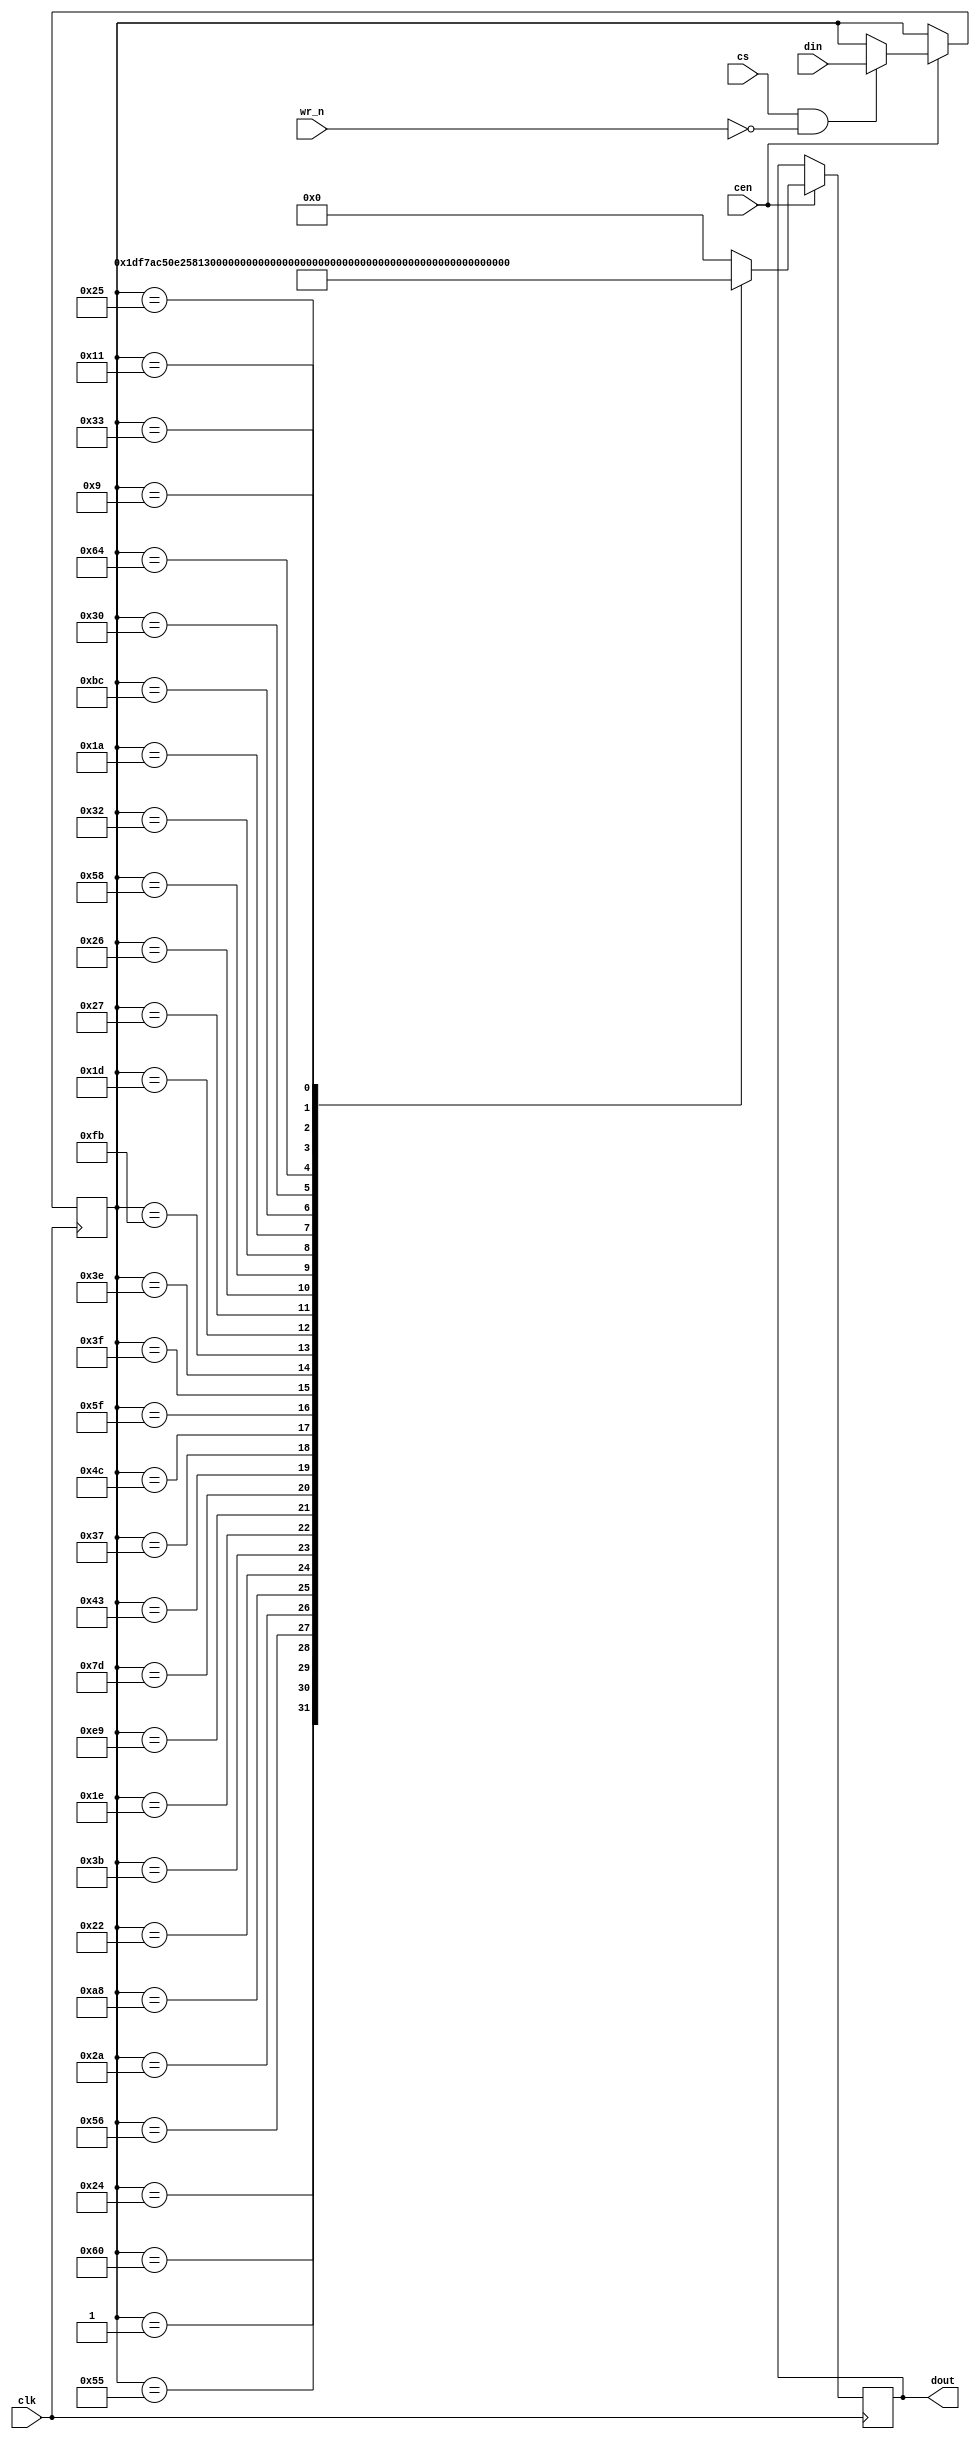
/*  This file is part of JTCORES.
    JTCORES program is free software: you can redistribute it and/or modify
    it under the terms of the GNU General Public License as published by
    the Free Software Foundation, either version 3 of the License, or
    (at your option) any later version.

    JTCORES program is distributed in the hope that it will be useful,
    but WITHOUT ANY WARRANTY; without even the implied warranty of
    MERCHANTABILITY or FITNESS FOR A PARTICULAR PURPOSE.  See the
    GNU General Public License for more details.

    You should have received a copy of the GNU General Public License
    along with JTCORES.  If not, see <http://www.gnu.org/licenses/>.

    Author: Jose Tejada Gomez. Twitter: @topapate
    Version: 1.0
    Date: 19-2-2019 */


module jt1943_security(
    input            clk,
    input            cen,
    input            wr_n,
    input            cs,
    input      [7:0] din,
    output reg [7:0] dout
);

///////////////////////////////////////////////////////////////////
// CPU Security (copy protection)
reg [7:0] security;

always @(posedge clk) if(cen) begin
    if( cs && !wr_n ) begin
        security <= din;
        `ifdef SIMULATION
        $display("INFO: security write %X\n", din);
        `endif
    end
    case( security )
        8'h24: dout <= 8'h1d;
        8'h60: dout <= 8'hf7;
        8'h01: dout <= 8'hac;
        8'h55: dout <= 8'h50;
        8'h56: dout <= 8'he2;
        8'h2a: dout <= 8'h58;
        8'ha8: dout <= 8'h13;
        8'h22: dout <= 8'h3e;
        8'h3b: dout <= 8'h5a;
        8'h1e: dout <= 8'h1b;
        8'he9: dout <= 8'h41;
        8'h7d: dout <= 8'hd5;
        8'h43: dout <= 8'h54;
        8'h37: dout <= 8'h6f;
        8'h4c: dout <= 8'h59;
        8'h5f: dout <= 8'h56;
        8'h3f: dout <= 8'h2f;
        8'h3e: dout <= 8'h3d;
        8'hfb: dout <= 8'h36;
        8'h1d: dout <= 8'h3b;
        8'h27: dout <= 8'hae;
        8'h26: dout <= 8'h39;
        8'h58: dout <= 8'h3c;
        8'h32: dout <= 8'h51;
        8'h1a: dout <= 8'ha8;
        8'hbc: dout <= 8'h33;
        8'h30: dout <= 8'h4a;
        8'h64: dout <= 8'h12;
        8'h11: dout <= 8'h40;
        8'h33: dout <= 8'h35;
        8'h09: dout <= 8'h17;
        8'h25: dout <= 8'h04;
        default: dout <= 8'h0;
    endcase
end

endmodule // jt1943_security